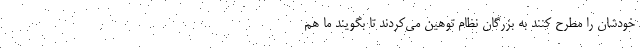
خودشان را مطرح کنند به بزرگان نظام توهین می‌کردند تا بگویند ما هم